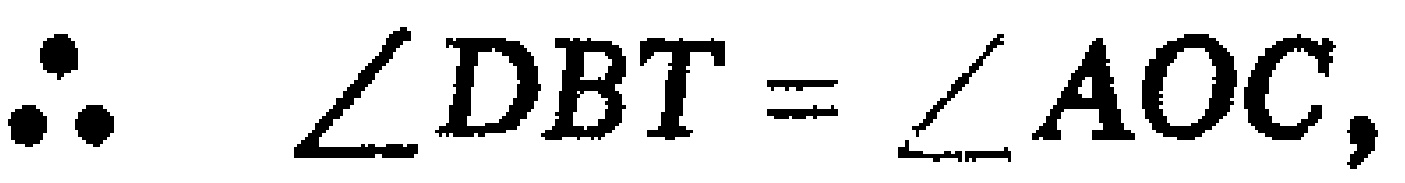
\(\therefore \angle DBT = \angle AOC,\)